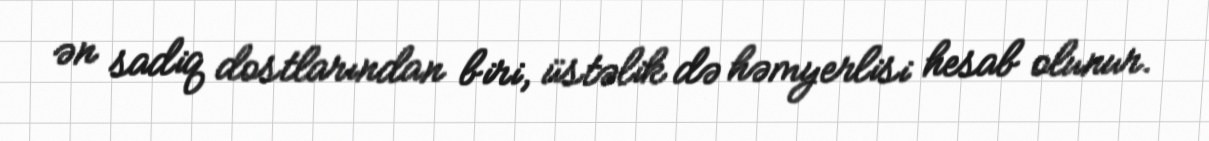
ən sadiq dostlarından biri, üstəlik də həmyerlisi hesab olunur.